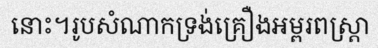
នោះ។រូបសំណាកទ្រង់គ្រឿងអម្ពរពស្ត្រា